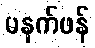
မနက်ဖန်